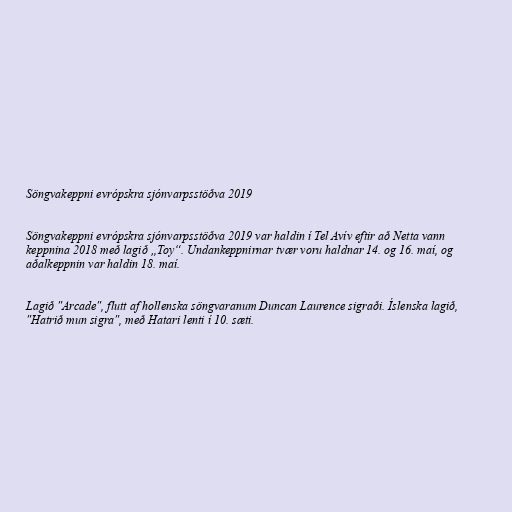
Söngvakeppni evrópskra sjónvarpsstöðva 2019

Söngvakeppni evrópskra sjónvarpsstöðva 2019 var haldin í Tel Avív eftir að Netta vann
keppnina 2018 með lagið „Toy“. Undankeppnirnar tvær voru haldnar 14. og 16. maí, og
aðalkeppnin var haldin 18. maí.

Lagið "Arcade", flutt af hollenska söngvaranum Duncan Laurence sigraði. Íslenska lagið,
"Hatrið mun sigra", með Hatari lenti í 10. sæti.